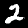
Digit: 2